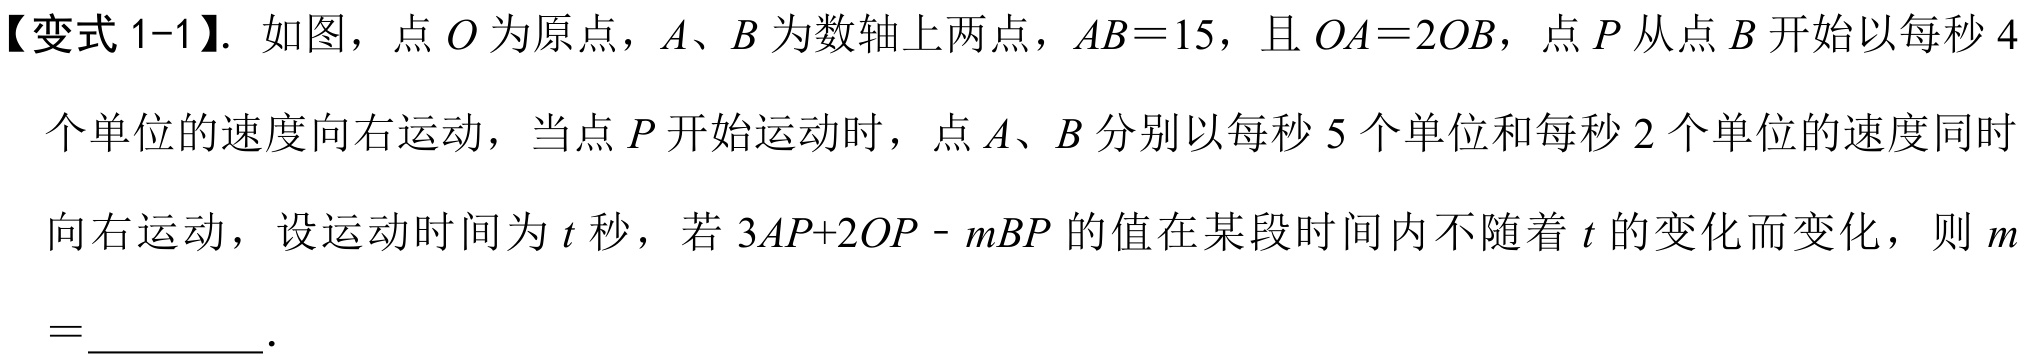
【变式 1-1】. 如图，点 \(O\) 为原点，\(A\)、\(B\) 为数轴上两点，\(AB = 15\)，且 \(OA = 2OB\)，点 \(P\) 从点 \(B\) 开始以每秒 \(4\)
个单位的速度向右运动，当点 \(P\) 开始运动时，点 \(A\)、\(B\) 分别以每秒 \(5\) 个单位和每秒 \(2\) 个单位的速度同时
向右运动，设运动时间为 \(t\) 秒，若 \(3AP + 2OP-mBP\) 的值在某段时间内不随着 \(t\) 的变化而变化，则 \(m\)
\(=\_\_\_\_\_\).